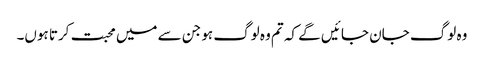
وہ لوگ جان جا ئیں گے کہ تم وہ لوگ ہو جن سے میں محبت کرتا ہوں۔